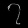
Digit: ၇